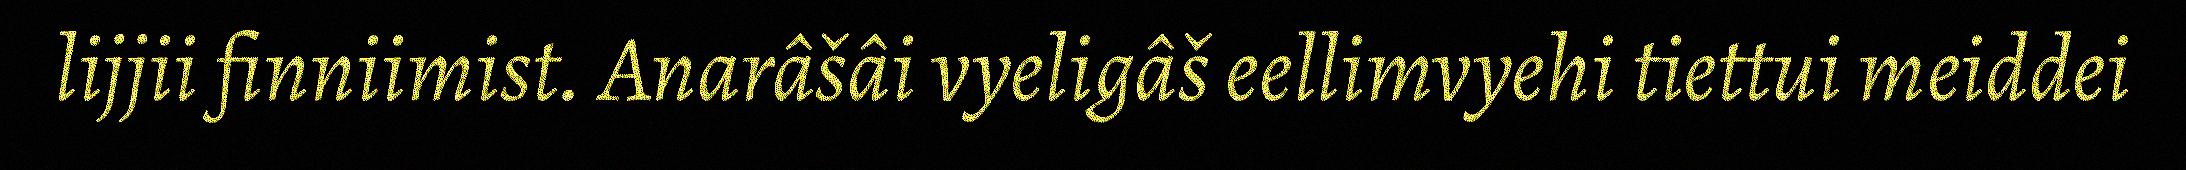
lijjii finniimist. Anarâšâi vyeligâš eellimvyehi tiettui meiddei